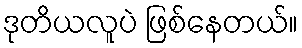
ဒုတိယလူပဲ ဖြစ်နေတယ်။